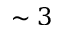
\sim 3